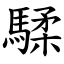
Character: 騥